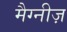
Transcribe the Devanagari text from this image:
मैग्नीज़